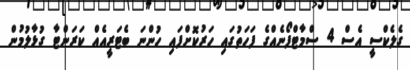
ގެލެކްސީ އެސް 4 ސްމާޓްފޯނެއްގެ ފަހަތުގައި ހަރުކޮށްފައި ހުންނަ ބެޓަރީއެއް ކަރަންޓާ ގުޅާލުމުން